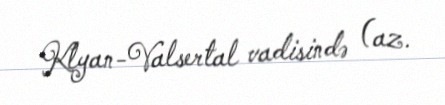
Klyan-Valsertal vadisində (az.